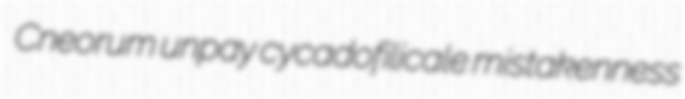
Cneorum unpay cycadofilicale mistakenness